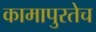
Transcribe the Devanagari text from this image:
कामापुरतेच